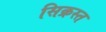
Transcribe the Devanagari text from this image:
सिक्रस्त